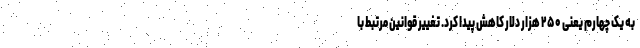
به یک چهارم یعنی ۲۵۰ هزار دلار کاهش پیدا کرد. تغییر قوانین مرتبط با